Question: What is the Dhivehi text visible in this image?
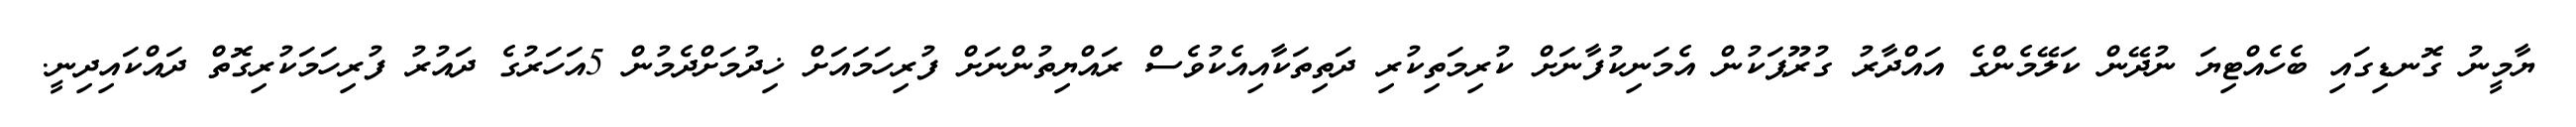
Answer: ޔާމީނު ގޮނޑިގައި ބެހެއްޓިޔަ ނުދޭން ކަލޭމެންގެ އައްދާރު ގުރޫޕަކުން އެމަނިކުފާނަށް ކުރިމަތިކުރި ދަތިތަކާއިއެކުވެސް ރައްޔިތުންނަށް ފުރިހަމައަށް ޚިދުމަށްދެމުން 5އަހަރުގެ ދައުރު ފުރިހަމަކުރިގޮތް ދައްކައިދިނީ.